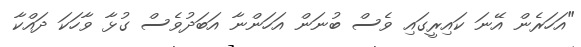
"އަހަރެން އޭނަ ކައިރީގައި ވެސް ބުނަން އަހަންނާ އަބަދުވެސް ގުޅާ ވާހަކަ ދައްކާ